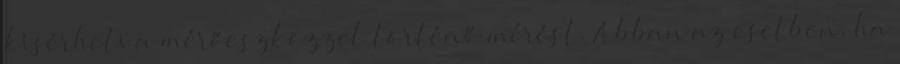
kísérheti a mérőeszközzel történő mérést. Abban az esetben, ha